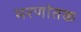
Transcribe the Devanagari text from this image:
मरणांतक